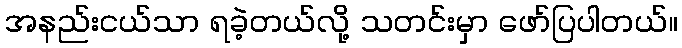
အနည်းငယ်သာ ရခဲ့တယ်လို့ သတင်းမှာ ဖော်ပြပါတယ်။